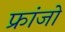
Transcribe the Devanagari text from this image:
फ्रांजो